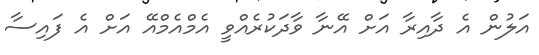
އަލުން އެ ދާއިރާ އަށް އޭނާ ވާދަކުރެއްވީ އެމްއެމްއޭ އަށް އެ ފައިސާ